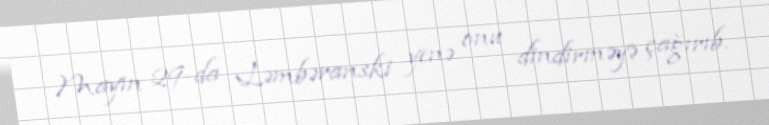
Mayın 29-da Ləmbəranski yenə onu dindirməyə çağırıb.